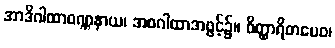
အာဒိဂါထာဝဏ္ဏနာယ၊ အစဂါထာအဖွင့်၌။ ဝိတ္ထာရိတမေဝ၊